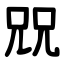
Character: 㒭